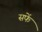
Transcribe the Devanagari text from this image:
सफें